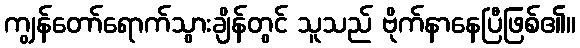
ကျွန်တော်ရောက်သွားချိန်တွင် သူသည် ဗိုက်နာနေပြီဖြစ်၏။